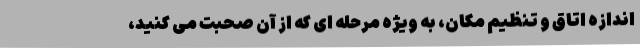
اندازه اتاق و تنظیم مکان، به ویژه مرحله ای که از آن صحبت می کنید،